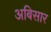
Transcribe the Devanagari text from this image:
अबिसार